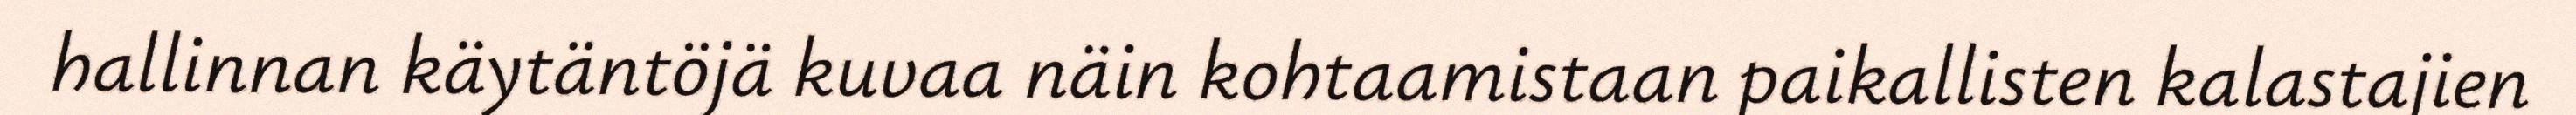
hallinnan käytäntöjä kuvaa näin kohtaamistaan paikallisten kalastajien